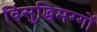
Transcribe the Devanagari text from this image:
विसुद्धिमग्गों